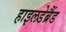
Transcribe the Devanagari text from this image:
हाइलडेब्रैंड